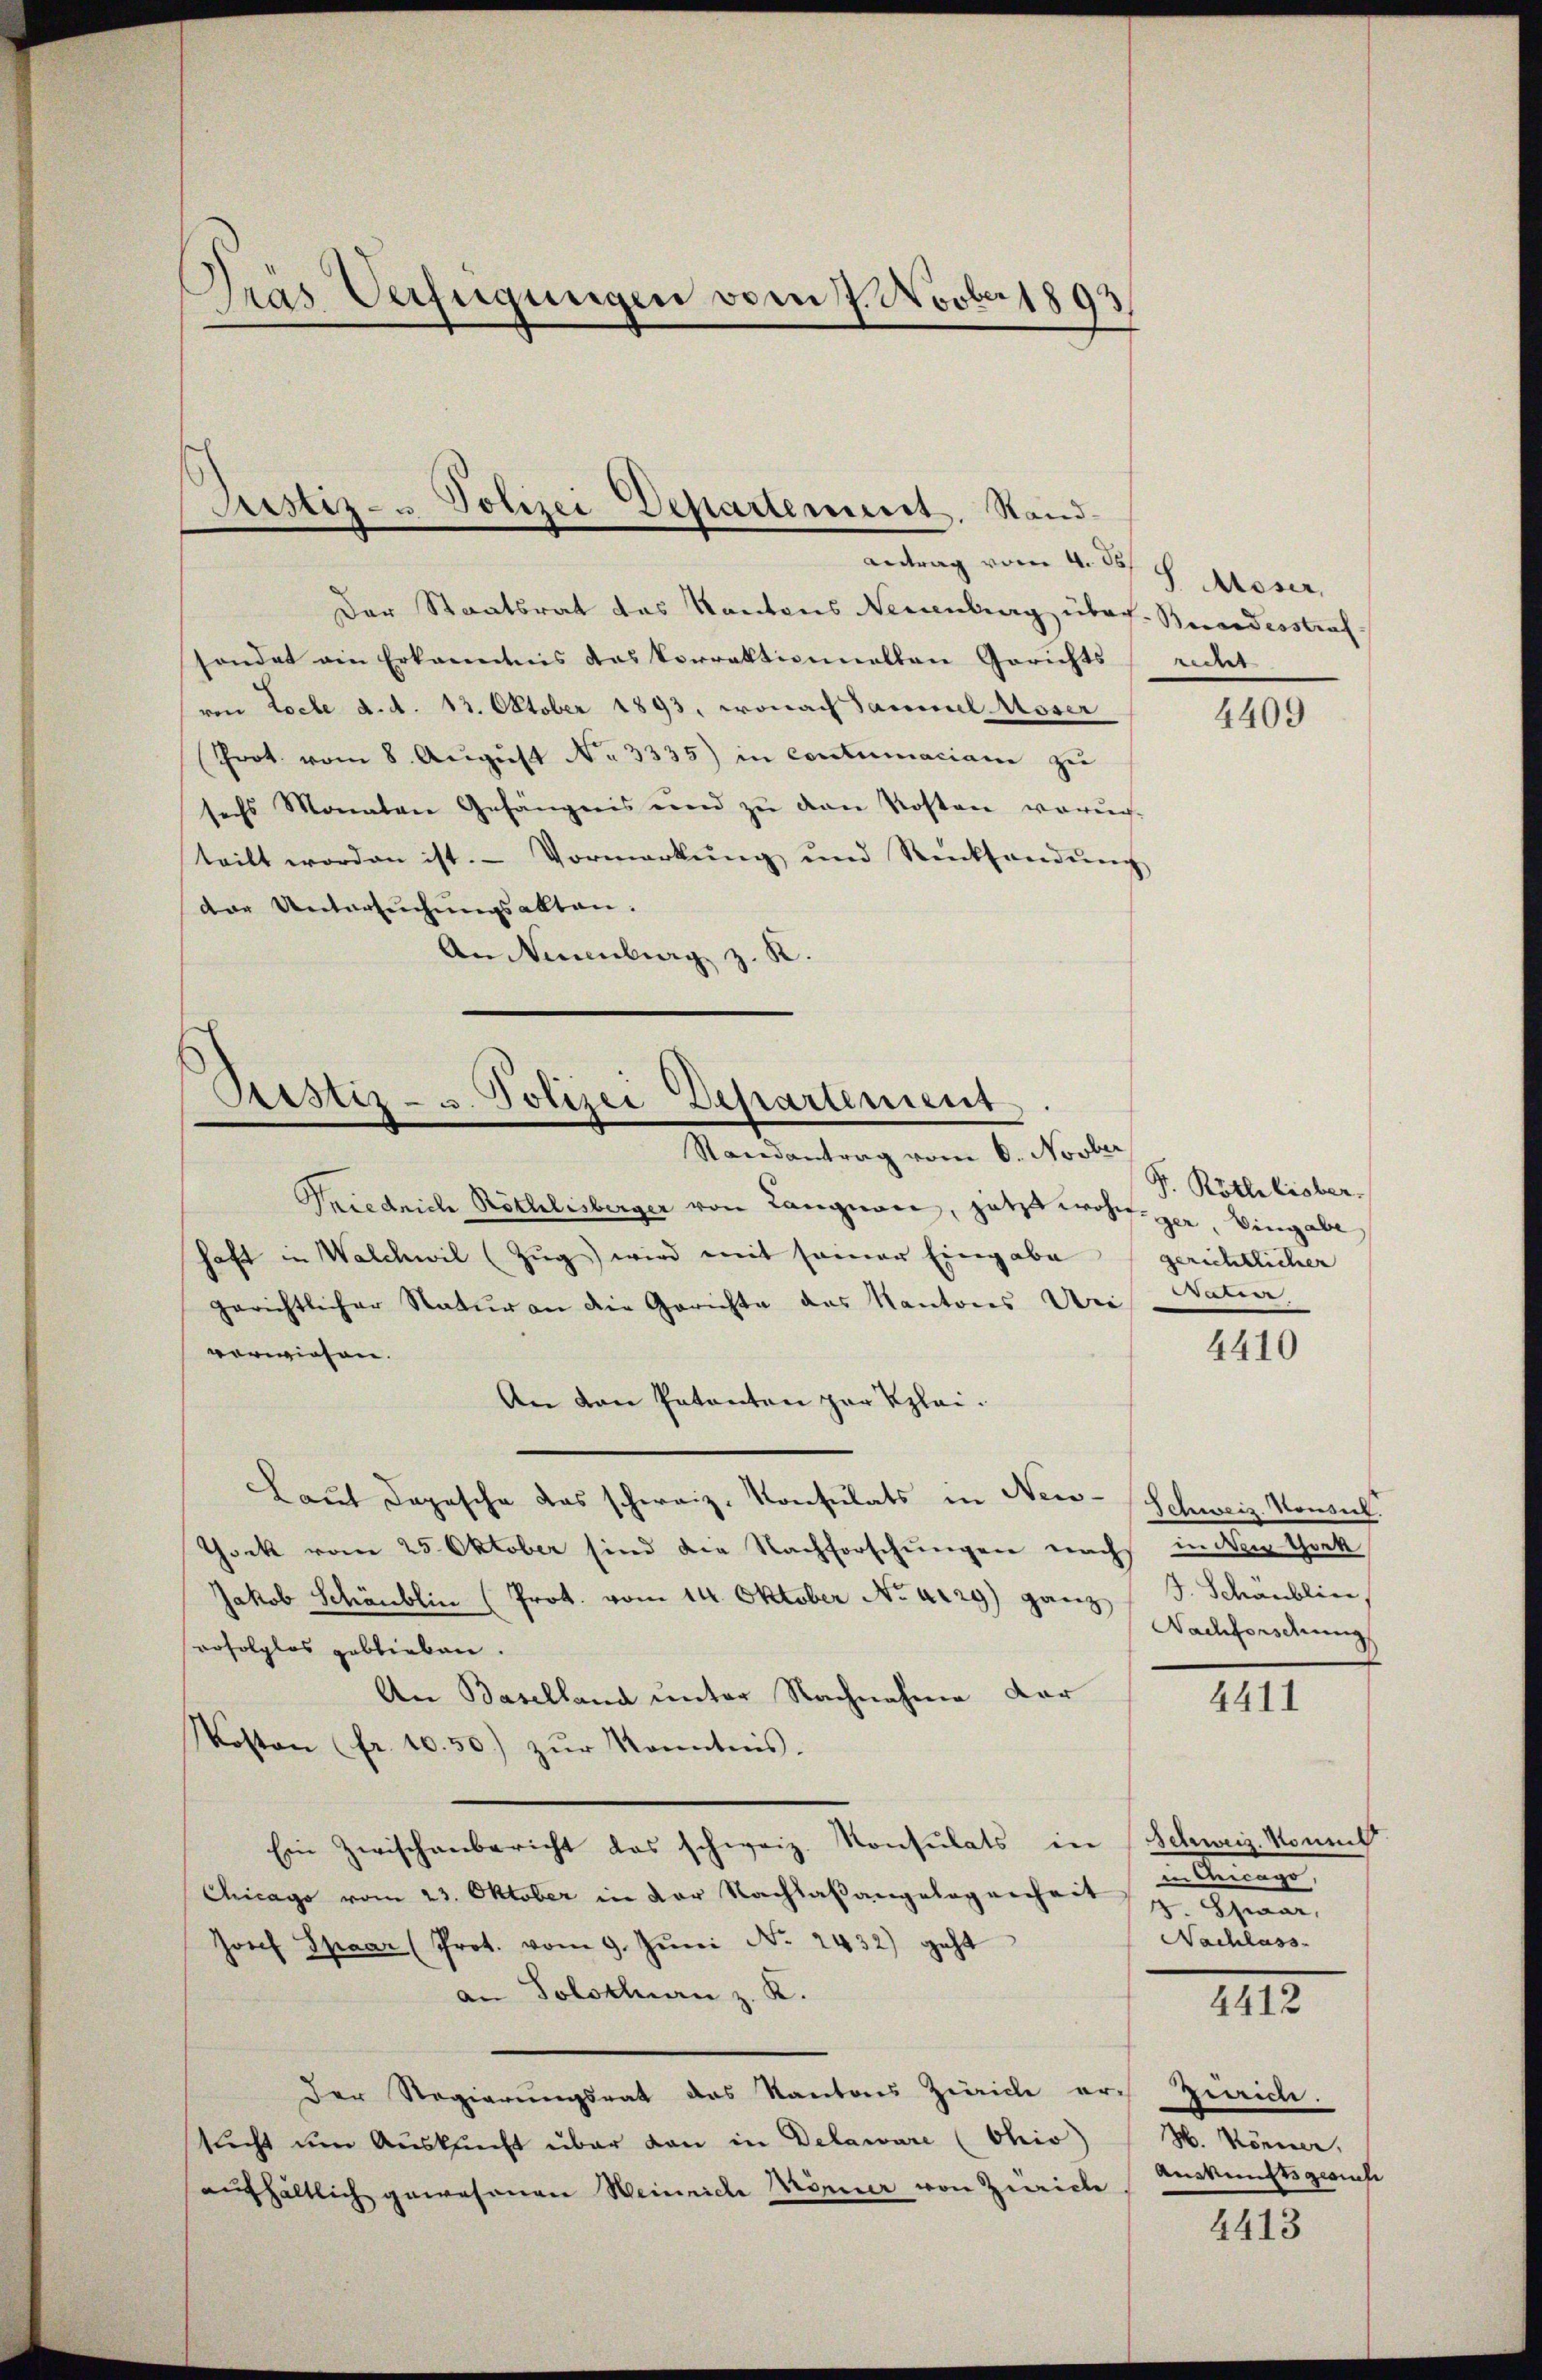
Gras Verfügungen vom 7. Novber 1893
s

Justiz- & Polizei Departemeist. Stand-
Antrag vom 4. d. J. Moser,

Der Staatsrat das Kantons Neuenburg über Bundesstraf
sondet ein Erkanntnis das Vorraktionalten Gerichtsrecht
von Loche d. d. 13. Oktober 1893, wonach Sammel Moser
Prot. vom 8. Aŭgŭst No. 3335) in contumaciane zu
sechs Monaten Gefängnis und zŭ den Kosten voruch-
teilt worden ist. Vormerkŭng und Rücksendŭng
der Untersuchungsakten.
An Neuenburg z. R.

Ptistiz- u. Polizei Departement
Randantrag vom 6. Novber

Friedrich Röthlisberger von Langnau, jetzt wohl ger, Eingabe
haft in Walchwil (Zŭg) wird mit seiner Eingabe
gerichtlicher Natur an die Gerichte des Kantons Uri
vorwiesen.
An den Patenten zur Klei¬
Laut dopesche das schweiz. Konsulats in Neu-Schweiz. Konsul
Gock vom 25. Oktober sind die Nachforschungen nach in der Chork
Jakob Schönblin (Prot. vom 14. Oktober No arg ganz
rofolglos geblieben.
An Baselland unter Nachnahme dar
Kosten (fr. 10.30.) zŭr Kenntnis.
Ein Zwischenbericht das schweiz. Konsulats in Schweiz. Komit
Chicago vom 23. Oktober in der Nachlaßangelegenheit z
Josef Spaar (Prot. vom 9. Jŭni No. 2432) geht
an Tolsklan z. K.
Der Regierungsrat das Kantons Zürich arch Zürich.
sucht um Auskunft über dan in Delaware (Ohio
aufhältlich gewesenen Weinriche Mönnier von Zwicke

4409

F. Röthlisber
gerichtlicher
daren

4410

J. Schänblic,
Nachforschung

4411

anlege
Nachlass

4412

M. Können.
Auskunftsgesuch

4413